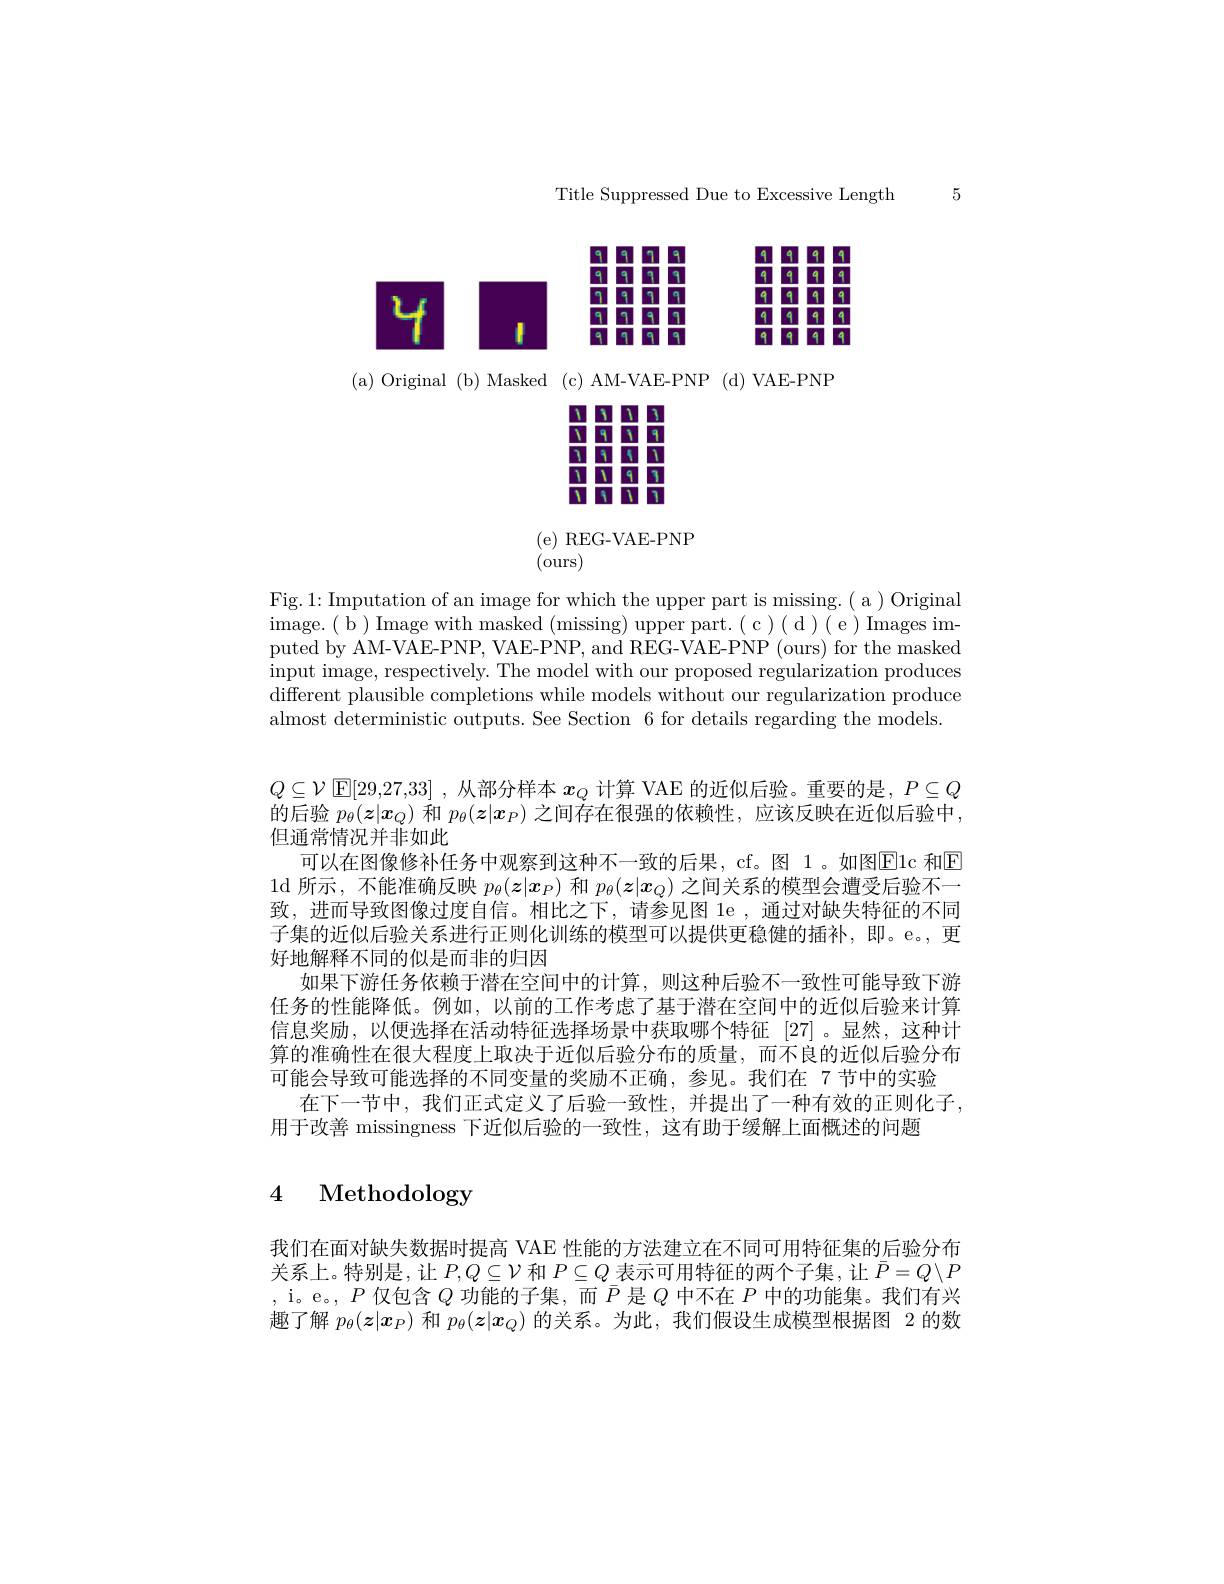
Title Suppressed Due to Excessive Length 5

$41,75=\frac{1}{3}+\frac{1}{3}+\frac{1}{3}+\frac{1}{3}+\frac{1}{3}$

( a) Original ( b) Masked ( c) AM- VAE- PNP ( d) VAE- PNP

$\begin{array}{l}(\mathrm{e})\:\mathrm{REG-VAE-PNP}\\(\mathrm{ours})\end{array}$

Fig.1: Imputation of an image for which the upper part is missing.( a ) Original image. ( b ) Image with masked ( missing) upper part. ( c ) ( d ) ( e ) Images im- puted by AM-VAE-PNP, VAE-PNP, and REG-VAE-PNP (ours) for the masked input image, respectively. The model with our proposed regularization produces different plausible completions while models without our regularization produce almost deterministic outputs. See Section 6 for details regarding the models.

$Q\subseteq\mathcal{V}$ $\mathbb{E}[29,27,33]$ ,从部分样本$x_Q$计算 VAE 的近似后验。重要的是$,P\subseteq Q$ 的后验$p_\theta(\boldsymbol{z}|\boldsymbol{x}_Q)$和$p_\theta(\boldsymbol{z}|\boldsymbol{x}_P)$之间存在很强的依赖性，应该反映在近似后验中， 但通常情况并非如此
可以在图像修补任务中观察到这种不一致的后果，cf。图 1。如图E1c 和E 1d 所示，不能准确反映$p_\theta(\boldsymbol{z}|\boldsymbol{x}_P)$和$p_\theta(\boldsymbol{z}|\boldsymbol{x}_Q)$之间关系的模型会遭受后验不一致，进而导致图像过度自信。相比之下，请参见图 le ,通过对缺失特征的不同子集的近似后验关系进行正则化训练的模型可以提供更稳健的插补，即。e。,更好地解释不同的似是而非的归因
如果下游任务依赖于潜在空间中的计算，则这种后验不一致性可能导致下游任务的性能降低。例如，以前的工作考虑了基于潜在空间中的近似后验来计算信息奖励，以便选择在活动特征选择场景中获取哪个特征[27]。显然，这种计算的准确性在很大程度上取决于近似后验分布的质量，而不良的近似后验分布可能会导致可能选择的不同变量的奖励不正确，参见。我们在 7 节中的实验
在下一节中，我们正式定义了后验一致性，并提出了一种有效的正则化子，
用于改善 missingness 下近似后验的一致性，这有助于缓解上面概述的问题

4 Methodology

我们在面对缺失数据时提高 VAE 性能的方法建立在不同可用特征集的后验分布关系上。特别是，让$P,Q\subseteq\mathcal{V}$和$P\subseteq Q$表示可用特征的两个子集，让$\bar{P}=Q\setminus P$ , i。e。$,P$仅包含$Q$功能的子集，而$\bar{P}$是$Q$中不在$P$中的功能集。我们有兴趣了解$p_\theta(\boldsymbol{z}|\boldsymbol{x}_P)$和$p_\theta(\boldsymbol{z}|\boldsymbol{x}_Q)$的关系。为此，我们假设生成模型根据图 2 的数